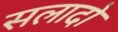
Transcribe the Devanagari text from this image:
सलादो